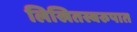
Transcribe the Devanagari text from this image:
लिखितस्वरुपात